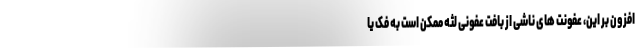
افزون بر این، عفونت های ناشی از بافت عفونی لثه ممکن است به فک یا